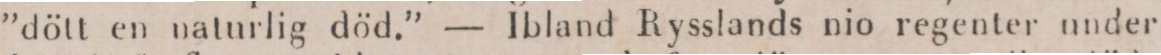
”dött en naturlig död.” — Ibland Rysslands nio regenter under